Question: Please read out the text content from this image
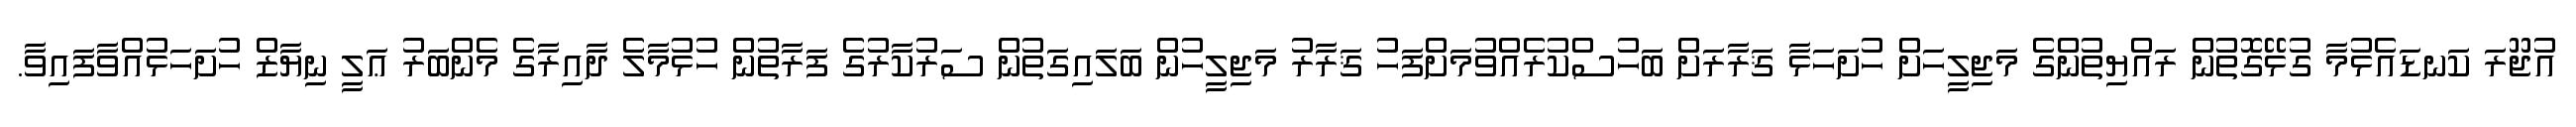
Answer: އުޖޫރަ ކަނޑައެޅުމާ ގުޅޭގޮތުން ރައްޔިތުންގެ މަޖިލީހަށް ހުށަހަޅާ ޤަރާރަށް ބަހުސްކުރެއްވުމަށްފަހު ޤަރާރު މަޖިލީހުން ބަލައިގަތުން ސަރުކާރުގެ ފަރާތުން ހުޅުމާލެ ދާއިރާގެ މެންބަރު ޢަލީ ނިޔާޒް ހުށަހަޅުއްވާފައިވާ.